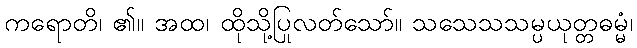
ကရောတိ၊ ၏။ အထ၊ ထိုသို့ပြုလတ်သော်။ သသေသသမ္ပယုတ္တဓမ္မံ၊